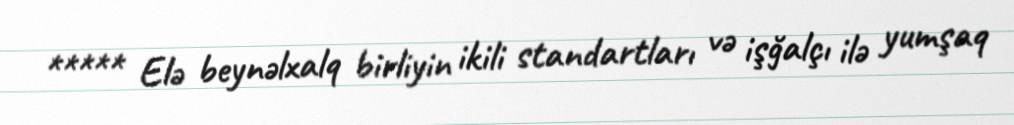
***** Elə beynəlxalq birliyin ikili standartları və işğalçı ilə yumşaq